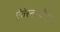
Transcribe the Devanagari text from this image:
ऐंतेरनास्योनाल